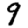
Digit: 9